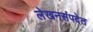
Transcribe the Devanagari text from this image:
लेखनसंपदेत